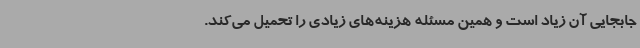
جابجایی آن زیاد است و همین مسئله هزینه‌های زیادی را تحمیل می‌کند.